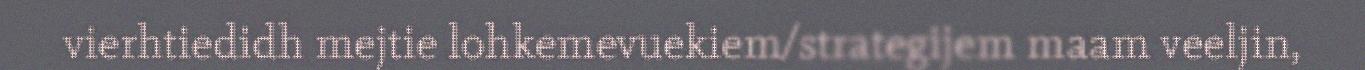
vierhtiedidh mejtie lohkemevuekiem/strategijem maam veeljin,